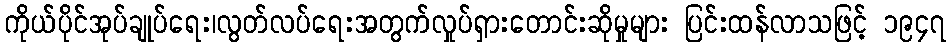
ကိုယ်ပိုင်အုပ်ချုပ်ရေး၊လွတ်လပ်ရေးအတွက်လှုပ်ရှားတောင်းဆိုမှုများ ပြင်းထန်လာသဖြင့် ၁၉၄၇